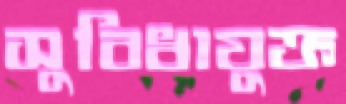
সুবিধাযুক্ত